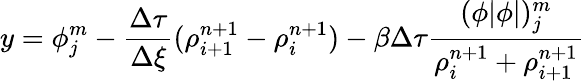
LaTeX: y=\phi_{j}^{m}-\frac{\Delta\tau}{\Delta\xi}(\rho_{i+1}^{n+1}-\rho_{i}^{n+1})-\beta\Delta\tau\frac{(\phi|\phi|)_{j}^{m}}{\rho_{i}^{n+1}+\rho_{i+1}^{n+1}}